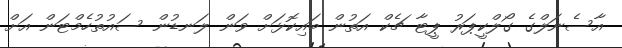
އާސެނަލްގެ ގޯލްކީޕަރު ޕީޓާ ޗެކް އަތުން ބައިކޮޅަށް ވަން ލަނޑުން ސައުތުހެމްޓަން އަށް